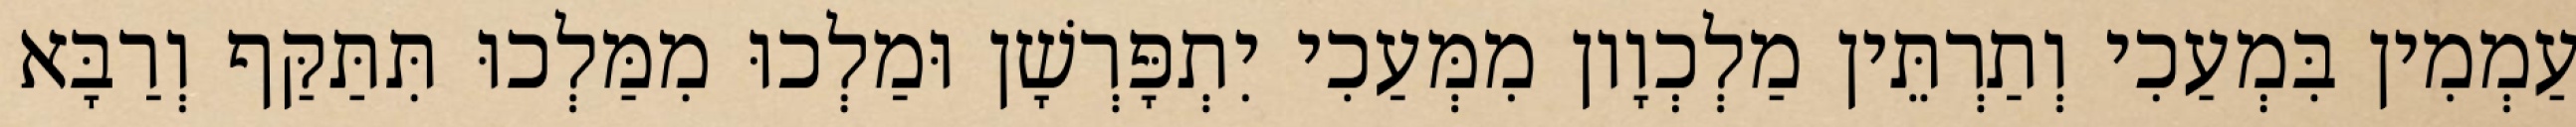
עַמְמִין בִּמְעַכִי וְתַרְתֵּין מַלְכְוָון מִמְּעַכִי יִתְפָּרְשָׁן וּמַלְכוּ מִמַּלְכוּ תִּתַּקַּף וְרַבָּא